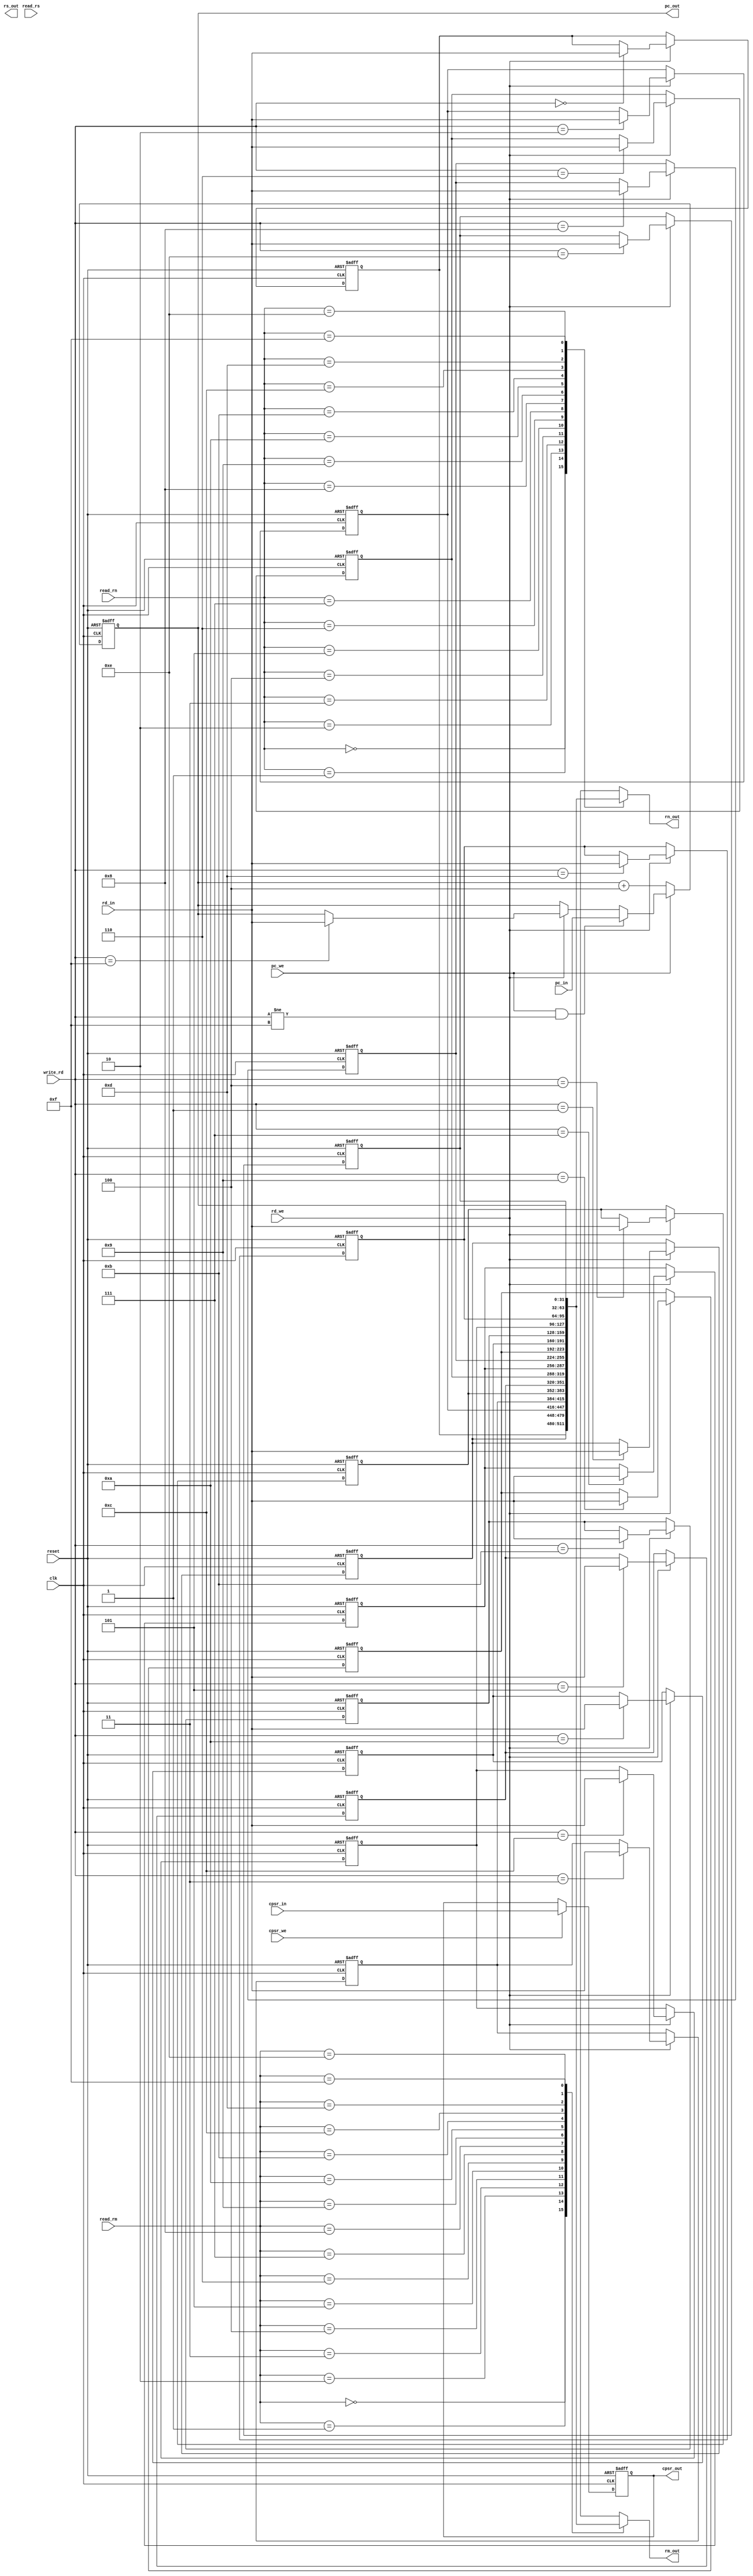
/* 
* A parameterized Register File; to be instantiated in the top level module
*/
module register_file
#(
    parameter WORD_SIZE = 32,
    parameter NUM_REGS = 16,
    parameter ADDR_WIDTH = 4
)
(
    // inputs
    input                    clk,
    input                    reset,
    // for registers
    input                    rd_we,
    input [WORD_SIZE - 1:0]  rd_in,
    input [ADDR_WIDTH - 1:0] write_rd, // size of reg address line is log_2(NUM_REGS)
    input [ADDR_WIDTH - 1:0] read_rn, read_rm, read_rs,
    // for cpsr and pc
    input [WORD_SIZE - 1:0]  pc_in, cpsr_in,
    input                    pc_we, cpsr_we,
    // outputs
    output [WORD_SIZE - 1:0]  rn_out, rm_out, rs_out,
    output [WORD_SIZE - 1:0]  pc_out, cpsr_out
);
    // declaring memory elements
    reg [WORD_SIZE - 1:0] registers[0:NUM_REGS - 1];
    reg [WORD_SIZE - 1:0] cpsr;

    // assigning outputs
    assign rn_out = registers[read_rn]; 
    assign rm_out = registers[read_rm];
    assign pc_out = registers[15];
    assign cpsr_out = cpsr;

    integer i, j;

    // Write operation is sequential (clocked at posedge)
    always @(posedge clk or posedge reset) begin // asynchronous reset
        if (reset) begin
            for (i = 0; i < NUM_REGS; i = i + 1)
                registers[i] <= 0;
            cpsr <= 32'b0;
        end
        else begin 
            if (rd_we) begin
                registers[write_rd] <= rd_in;
            end
            if (pc_we && write_rd != 15) begin
                registers[15] <= pc_in;
            end
            if (!pc_we) begin
                registers[15] <= registers[15] + 4;
            end
            if (cpsr_we) begin
                cpsr <= cpsr_in;
            end
            $display("cpsr: %b", cpsr[31:28]);
            for (j = 0; j < NUM_REGS; j = j + 1) begin
                $display("register[%d]: %x", j, registers[j]);
            end
        end
    end

endmodule